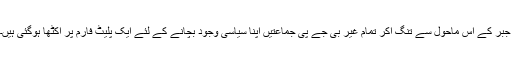
جبر کے اس ماحول سے تنگ آکر تمام غیر بی جے پی جماعتیں اپنا سیاسی وجود بچانے کے لئے ایک پلیٹ فارم پر اکٹھا ہوگئی ہیں۔